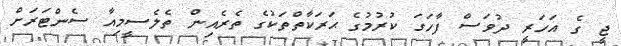
ޖީ ގެ އަހަރީ ދުވަސް ފާހަގަ ކުރުމުގެ ޙަރަކާތްތަކުގެ ތެރެއިން ތެލެސީމިއާ ސެންޓަރަށް